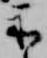
示